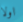
اولا